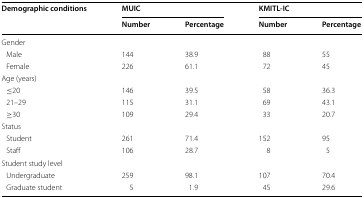
<table><thead><tr><td rowspan="2"><b>Demographic conditions</b></td><td colspan="2"><b>MUIC</b></td><td colspan="2"><b>KMITL-IC</b></td></tr><tr><td><b>Number</b></td><td><b>Percentage</b></td><td><b>Number</b></td><td><b>Percentage</b></td></tr></thead><tbody><tr><td colspan="5">Gender</td></tr><tr><td> Male</td><td>144</td><td>38.9</td><td>88</td><td>55</td></tr><tr><td> Female</td><td>226</td><td>61.1</td><td>72</td><td>45</td></tr><tr><td colspan="5">Age (years)</td></tr><tr><td> ≤20</td><td>146</td><td>39.5</td><td>58</td><td>36.3</td></tr><tr><td> 21–29</td><td>115</td><td>31.1</td><td>69</td><td>43.1</td></tr><tr><td> ≥30</td><td>109</td><td>29.4</td><td>33</td><td>20.7</td></tr><tr><td colspan="5">Status</td></tr><tr><td> Student</td><td>261</td><td>71.4</td><td>152</td><td>95</td></tr><tr><td> Staff</td><td>106</td><td>28.7</td><td>8</td><td>5</td></tr><tr><td colspan="5">Student study level</td></tr><tr><td> Undergraduate</td><td>259</td><td>98.1</td><td>107</td><td>70.4</td></tr><tr><td> Graduate student</td><td>5</td><td>1.9</td><td>45</td><td>29.6</td></tr></tbody></table>